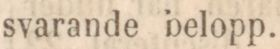
svarande belopp.